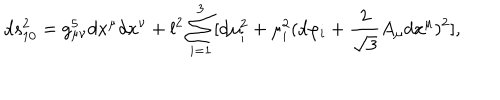
d s _ { 1 0 } ^ { 2 } = g _ { \mu \nu } ^ { 5 } d x ^ { \mu } d x ^ { \nu } + l ^ { 2 } \sum _ { i = 1 } ^ { 3 } [ d \mu _ { i } ^ { 2 } + \mu _ { i } ^ { 2 } ( d \varphi _ { i } + \frac { 2 } { \sqrt { 3 } } A _ { \mu } d x ^ { \mu } ) ^ { 2 } ] ,